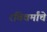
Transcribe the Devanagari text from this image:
रविवर्मांचे